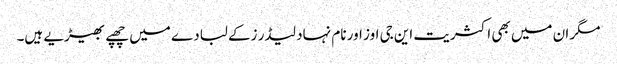
مگر ان میں بھی اکثریت این جی اوز اور نام نہاد لیڈر زکے لبادے میں چھپے بھیڑیے ہیں۔